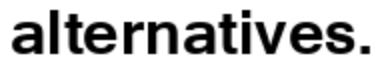
alternatives.